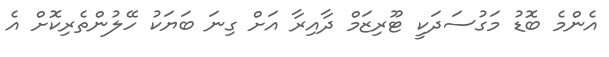
އެންމެ ބޮޑު މަގުސަދަކީ ޓޫރިޒަމް ދާއިރާ އަށް ގިނަ ބަޔަކު ހޭލުންތެރިކޮށް އެ